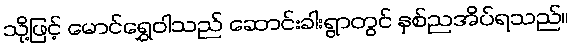
သို့ဖြင့် မောင်ရွှေဝါသည် ဆောင်းခါးရွာတွင် နှစ်ညအိပ်ရသည်။